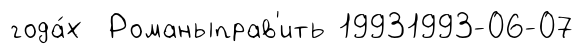
года́х Романыправ'ить 19931993-06-07